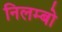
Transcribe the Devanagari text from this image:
निलम्‍बो